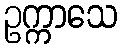
ဥက္ကာသေ